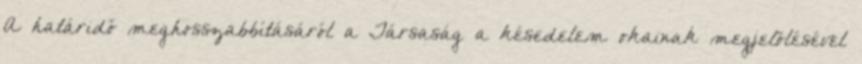
A határidő meghosszabbításáról a Társaság a késedelem okainak megjelölésével